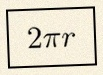
2\pi r